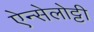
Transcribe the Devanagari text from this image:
ऐन्सेलोट्टी